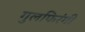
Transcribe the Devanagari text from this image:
गुलफिरंगी